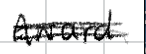
Text: Award.
Cross-out: double-line
Writing tool: digital_black